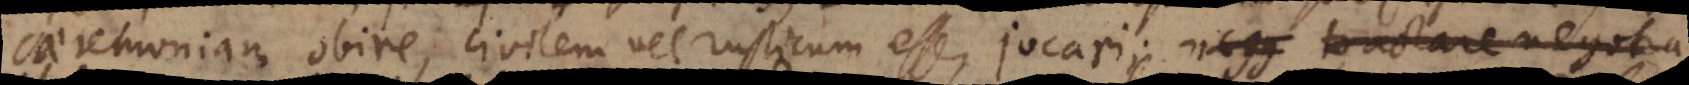
caeremoniam obire, civilem vel rusticum esse, jocari; tractare negotia,